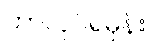
ဘာလုပ်ရမှန်း